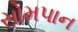
સોમપાન